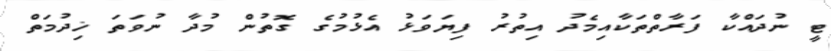
ޓީ ނުދައްކާ ފަރާތްތަކާއިމެދު އިތުރު ފިޔަވަޅު އެޅުމުގެ ގޮތުން މުދާ ނުވަތަ ޚިދުމަތް